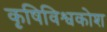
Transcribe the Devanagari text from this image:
कृषिविश्वकोश